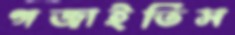
গজাইতিস